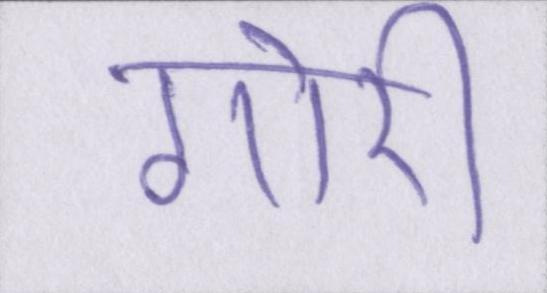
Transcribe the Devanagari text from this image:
गोरी